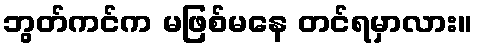
ဘွတ်ကင်က မဖြစ်မနေ တင်ရမှာလား။